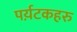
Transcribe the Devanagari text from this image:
पर्य़टकहरु